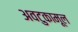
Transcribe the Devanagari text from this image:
अवटुकामूल